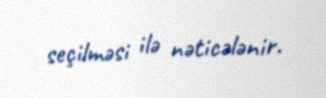
seçilməsi ilə nəticələnir.